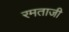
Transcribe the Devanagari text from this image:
रमताजी